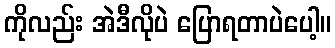
ကိုလည်း အဲဒီလိုပဲ ပြောရတာပဲပေါ့။